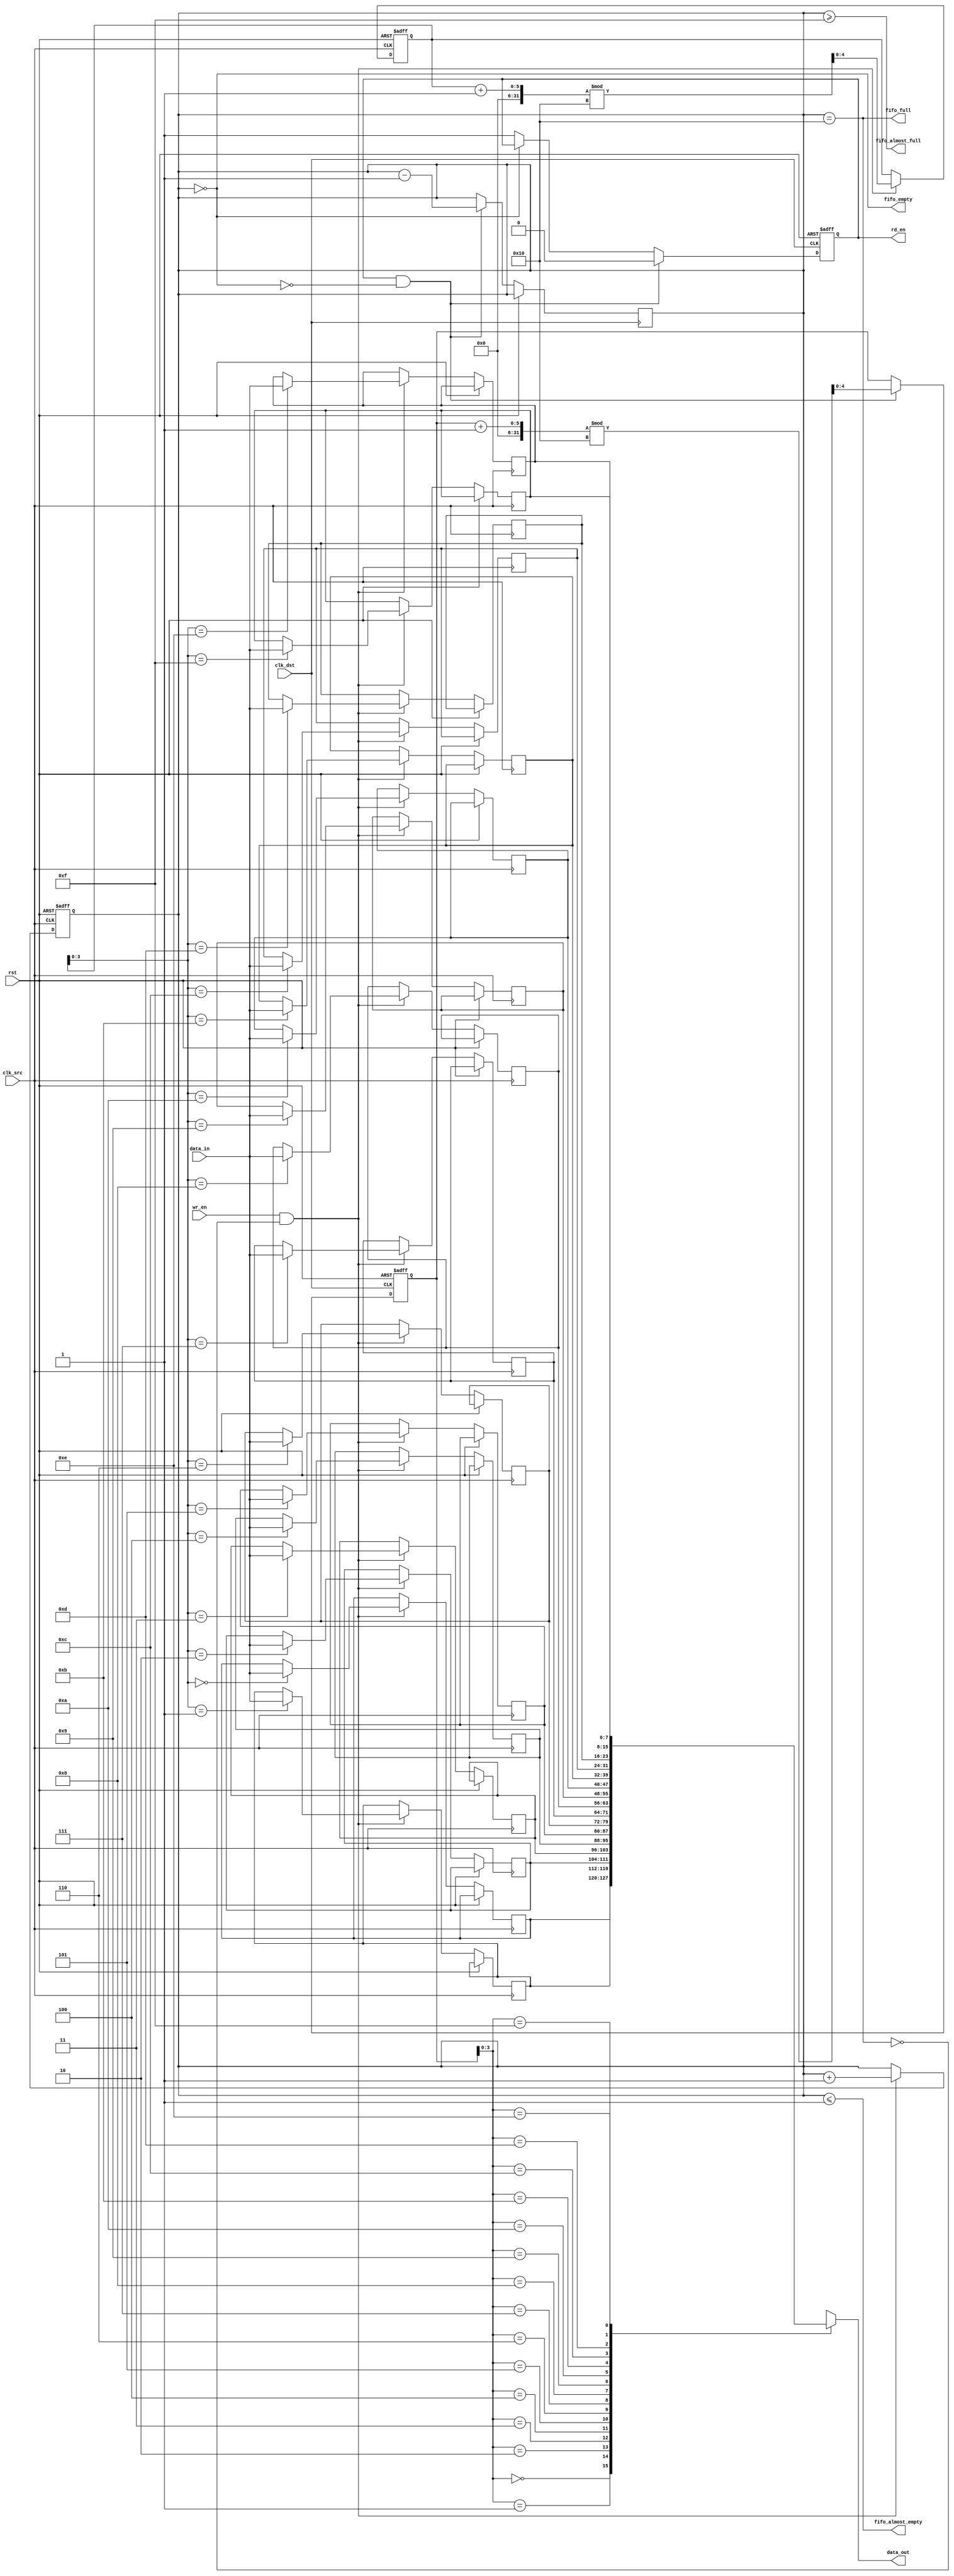
module fifo_synchronizer #(
    parameter DATA_WIDTH = 8,
    parameter FIFO_DEPTH = 16
)(
    input wire clk_src,          // Source clock
    input wire clk_dst,          // Destination clock
    input wire rst,              // Reset signal
    input wire wr_en,            // Write enable signal from source domain
    input wire [DATA_WIDTH-1:0] data_in, // Data input from source domain
    output wire rd_en,           // Read enable signal for destination domain
    output wire [DATA_WIDTH-1:0] data_out, // Data output to destination domain
    output wire fifo_full,       // FIFO full status
    output wire fifo_empty,      // FIFO empty status
    output wire fifo_almost_full, // FIFO almost full status
    output wire fifo_almost_empty // FIFO almost empty status
);

    // FIFO memory declaration
    reg [DATA_WIDTH-1:0] fifo_mem [0:FIFO_DEPTH-1];
    reg [4:0] wr_ptr; // Write pointer
    reg [4:0] rd_ptr; // Read pointer
    reg [4:0] fifo_count; // Number of elements in FIFO

    // Write control logic
    always @(posedge clk_src or posedge rst) begin
        if (rst) begin
            wr_ptr <= 0;
            fifo_count <= 0;
        end else if (wr_en && !fifo_full) begin
            fifo_mem[wr_ptr] <= data_in;
            wr_ptr <= (wr_ptr + 1) % FIFO_DEPTH;
            fifo_count <= fifo_count + 1;
        end
    end

    // Read control logic
    reg rd_en_reg;
    always @(posedge clk_dst or posedge rst) begin
        if (rst) begin
            rd_ptr <= 0;
            rd_en_reg <= 0;
        end else if (rd_en_reg && !fifo_empty) begin
            rd_en_reg <= 0; // Deassert read enable after reading
            rd_ptr <= (rd_ptr + 1) % FIFO_DEPTH;
            fifo_count <= fifo_count - 1;
        end else if (!fifo_empty) begin
            rd_en_reg <= 1; // Assert read enable when data is available
        end
    end

    // Output data
    assign data_out = fifo_mem[rd_ptr];
    assign rd_en = rd_en_reg;

    // FIFO status signals
    assign fifo_full = (fifo_count == FIFO_DEPTH);
    assign fifo_empty = (fifo_count == 0);
    assign fifo_almost_full = (fifo_count >= FIFO_DEPTH - 1);
    assign fifo_almost_empty = (fifo_count <= 1);

endmodule